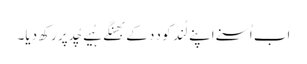
اَب اُسنے اَپنے لُند کو دِدِ کے بھِنگے ہُیے چُد پر رکھ دِیا۔